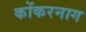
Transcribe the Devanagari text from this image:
कोंकरनाग